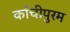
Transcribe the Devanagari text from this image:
काँचीपुरम